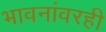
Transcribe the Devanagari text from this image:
भावनांवरही